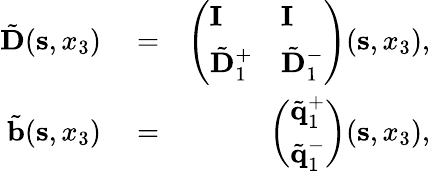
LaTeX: \begin{array}{rlr}{\tilde{\mathbf D}({\mathbf s},x_{3})}&{{}=}&{\left(\begin{array}{ll}{{\mathbf I}}&{{\mathbf I}}\\ {\tilde{\mathbf D}_{1}^{+}}&{\tilde{\mathbf D}_{1}^{-}}\end{array}\right)({\mathbf s},x_{3}),}\\ {\tilde{\mathbf b}({\mathbf s},x_{3})}&{{}=}&{\left(\begin{array}{l}{\tilde{\mathbf q}_{1}^{+}}\\ {\tilde{\mathbf q}_{1}^{-}}\end{array}\right)({\mathbf s},x_{3}),}\end{array}